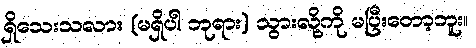
ရှိသေးသလား (မရှိပါ ဘုရား) သွားလို့ကို မပြီးတော့ဘူး။